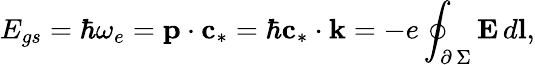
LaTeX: E_{gs}=\hbar\omega_{e}=\textbf{p}\cdot\textbf{c}_{*}=\hbar\textbf{c}_{*}\cdot\textbf{k}=-e\oint_{\scriptstyle\partial\, \Sigma}\textbf{E}\, d\textbf{l},